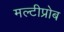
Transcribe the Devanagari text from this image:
मल्टीप्रोब